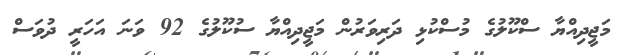
މަޖީދިއްޔާ ސްކޫލުގެ މުސްކުޅި ދަރިވަރުން މަޖީދިއްޔާ ސުކޫލުގެ 92 ވަނަ އަހަރީ ދުވަސް